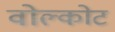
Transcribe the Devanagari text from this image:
वोल्कोट